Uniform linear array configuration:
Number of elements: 32
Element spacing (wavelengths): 0.25
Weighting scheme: exponential
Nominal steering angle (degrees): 60
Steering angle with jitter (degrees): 58.685
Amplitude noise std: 0.05
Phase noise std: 0.05

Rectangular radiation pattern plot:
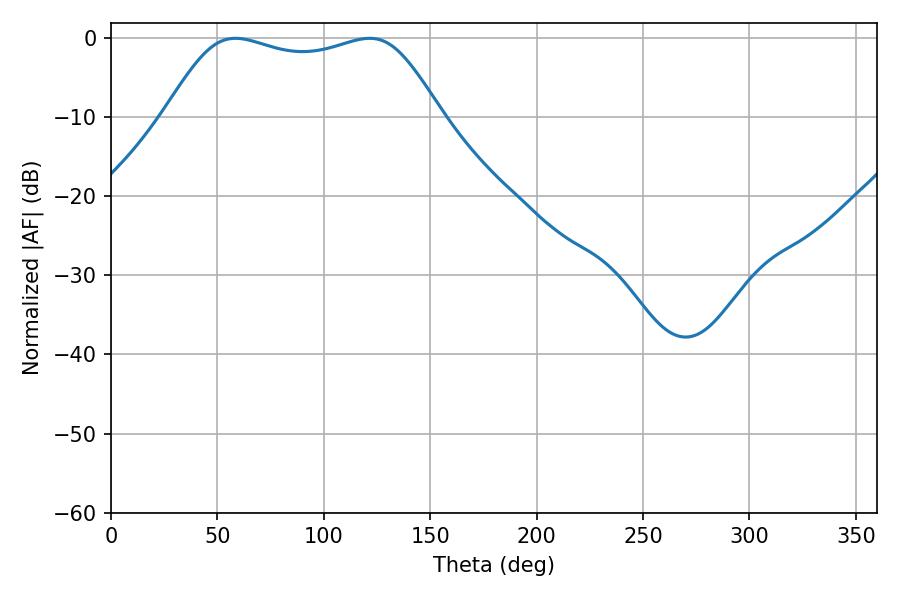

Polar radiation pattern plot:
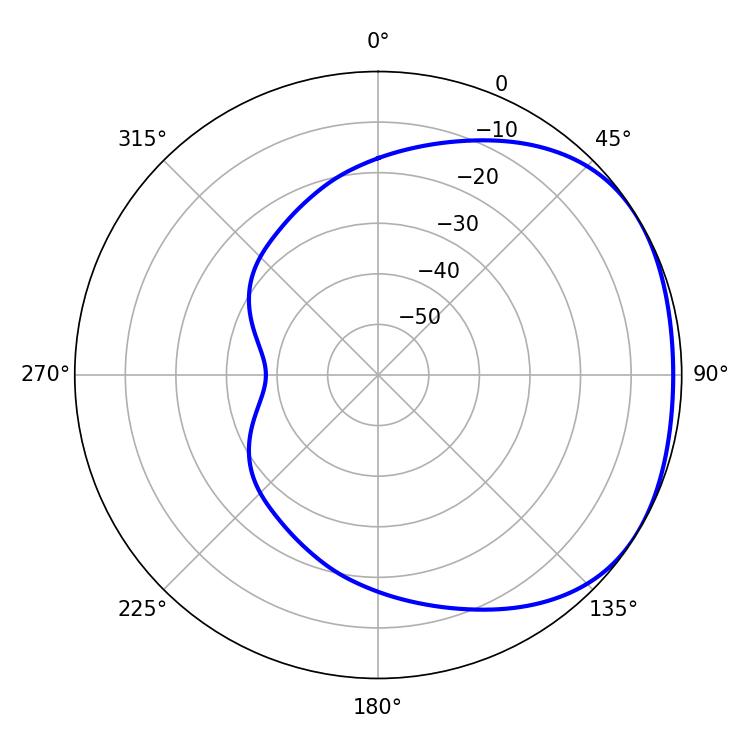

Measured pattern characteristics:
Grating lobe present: FALSE
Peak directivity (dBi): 1.73
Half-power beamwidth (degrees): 99.36
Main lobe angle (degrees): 58.5